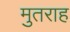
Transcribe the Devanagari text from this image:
मुतराह